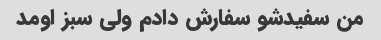
من سفیدشو سفارش دادم ولی سبز اومد